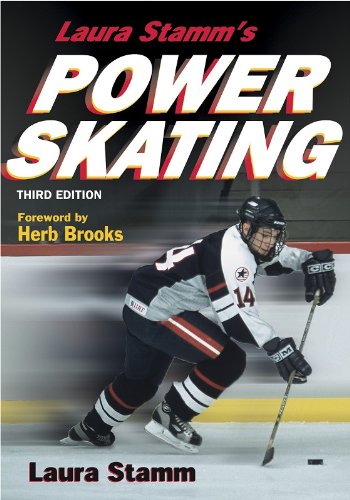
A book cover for Laura Stamm's Power Skating 3rd Edition; Laura Stamm; Sports & Outdoors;